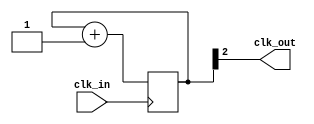
`timescale 1ns / 1ps
//////////////////////////////////////////////////////////////////////////////////
// Company: 
// Engineer: 
// 
// Design Name: 
// Module Name: clock_Divider
// Project Name: 
// Target Devices: 
// Tool Versions: 
// Description: 
// 
// Dependencies: 
// 
// Revision:
// Revision 0.01 - File Created
// Additional Comments:
// 
//////////////////////////////////////////////////////////////////////////////////


module clock_Divider(clk_in,clk_out);
  input clk_in;
  output clk_out;
  reg [2:0]i;
  initial i=0;

  always@(posedge clk_in)
    begin
      i<=i+1;
    end
  assign clk_out=i[2];
endmodule